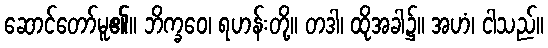
ဆောင်တော်မူ၏။ ဘိက္ခဝေ၊ ရဟန်းတို့။ တဒါ၊ ထိုအခါ၌။ အဟံ၊ ငါသည်။